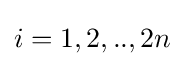
i=1,2,..,2n